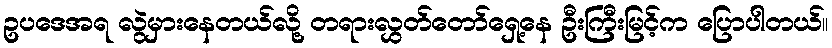
ဥပဒေအရ လွဲမှားနေတယ်လို့ တရားလွှတ်တော်ရှေ့နေ ဦးကြီးမြင့်က ပြောပါတယ်။